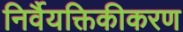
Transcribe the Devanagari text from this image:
निर्वैयक्तिकीकरण